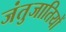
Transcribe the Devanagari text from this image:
जंतुजातियों